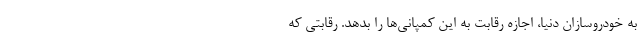
به خودروسازان دنیا، اجازه رقابت به این کمپانی‌ها را بدهد. رقابتی که